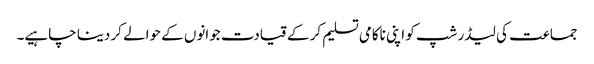
جماعت کی لیڈر شپ کو اپنی ناکامی تسلیم کر کے قیادت جوانوں کے حوالے کر دینا چاہیے۔